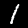
Label: 1